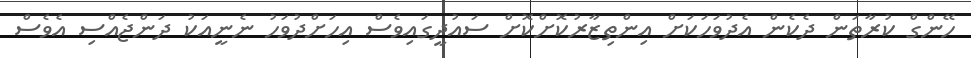
ހޭންގް ކުރާތަން ދެކެން އެދުވަހަކަށް އިންތިޒާރުކޮށްކޮށް ސައުދީގައިވެސް އިހަށްދުވަހު ނެނީއަކު ދަންޖެއްސި އެވެސް